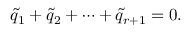
\tilde { q } _ { 1 } + \tilde { q } _ { 2 } + \cdots + \tilde { q } _ { r + 1 } = 0 .